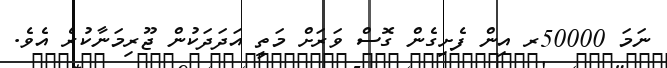
ނަމަ 50000ރ އިން ފެށިގެން ގޮސް ވަރަށް މަތީ އަދަދަކުން ޖޫރިމަނާކުރެ އެވެ.